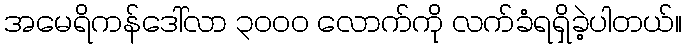
အမေရိကန်ဒေါ်လာ ၃၀၀၀ လောက်ကို လက်ခံရရှိခဲ့ပါတယ်။